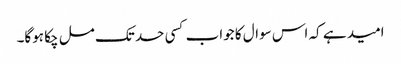
امید ہے کہ اس سوال کا جواب کسی حد تک مل چکا ہوگا۔